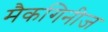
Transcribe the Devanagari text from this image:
मैकगिनीज